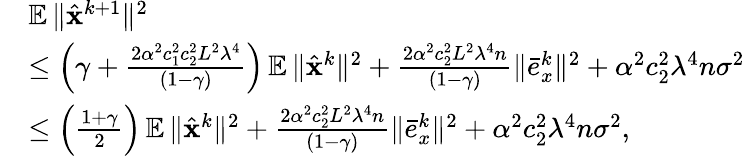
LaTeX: \begin{array}{rl}&{\mathop{\mathbb{E}}\| \hat{{\mathbf{x}}}^{k+1}\| ^{2}}\\ &{\leq\left(\gamma+\frac{2\alpha^{2}c_{1}^{2}c_{2}^{2}L^{2}\lambda^{4}}{(1-\gamma)}\right)\mathop{\mathbb{E}}\| \hat{{\mathbf{x}}}^{k}\| ^{2}+\frac{2\alpha^{2}c_{2}^{2}L^{2}\lambda^{4}n}{(1-\gamma)}\| \bar{e}_{x}^{k}\| ^{2}+\alpha^{2}c_{2}^{2}\lambda^{4}n\sigma^{2}}\\ &{\leq\left(\frac{1+\gamma}{2}\right)\mathop{\mathbb{E}}\| \hat{{\mathbf{x}}}^{k}\| ^{2}+\frac{2\alpha^{2}c_{2}^{2}L^{2}\lambda^{4}n}{(1-\gamma)}\| \bar{e}_{x}^{k}\| ^{2}+\alpha^{2}c_{2}^{2}\lambda^{4}n\sigma^{2},}\end{array}